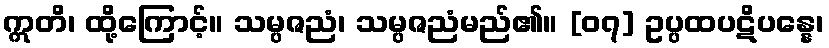
ဣတိ၊ ထို့ကြောင့်။ သမ္ပဇညံ၊ သမ္ပဇညံမည်၏။ [၀၇] ဥပ္ပထပဋိပန္နေ၊